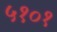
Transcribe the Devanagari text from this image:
५१०१